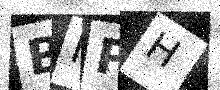
Text: BNPH